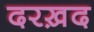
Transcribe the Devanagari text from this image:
दरख़द